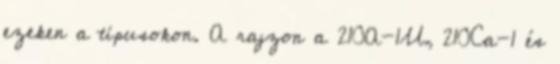
ezeken a típusokon. A rajzon a 210A-1U, 210Ca-1 és